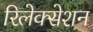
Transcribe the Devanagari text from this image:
रिलेक्सेशन